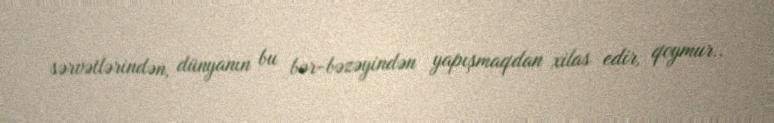
sərvətlərindən, dünyanın bu bər-bəzəyindən yapışmaqdan xilas edir, qoymur..